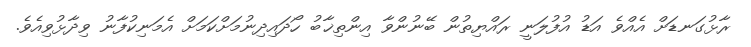
ރާޅުގަނޑަށް އެއްވެ އަޑު އުފުލަނީ ރައްޔިތުން ބޭނުންވާ އިންތިޚާބު ހޯދައިދިނުމަށްކަމަށް އެމަނިކުފާނު ވިދާޅުވިއެވެ.